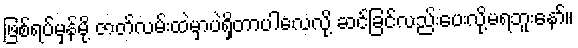
ဖြစ်ရပ်မှန်မို့ ဇာတ်လမ်းထဲမှာပဲရှိတာပါလေလို့ ဆင်ခြင်လည်းပေးလို့မရဘူးနော်။